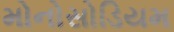
મોનોસોડિયમ